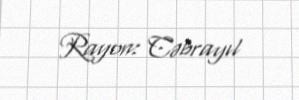
Rayon: Cəbrayıl